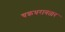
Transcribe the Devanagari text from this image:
चक्रधरावतार